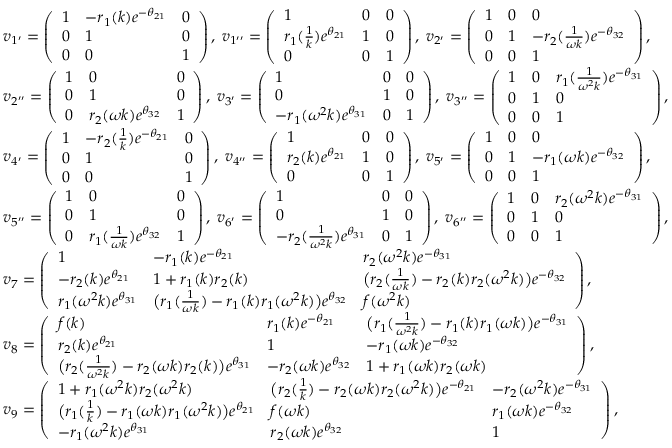
\begin{array} { r l } & { v _ { 1 ^ { \prime } } = \left( \begin{array} { l l l } { 1 } & { - r _ { 1 } ( k ) e ^ { - \theta _ { 2 1 } } } & { 0 } \\ { 0 } & { 1 } & { 0 } \\ { 0 } & { 0 } & { 1 } \end{array} \right) , \; v _ { 1 ^ { \prime \prime } } = \left( \begin{array} { l l l } { 1 } & { 0 } & { 0 } \\ { r _ { 1 } ( \frac { 1 } { k } ) e ^ { \theta _ { 2 1 } } } & { 1 } & { 0 } \\ { 0 } & { 0 } & { 1 } \end{array} \right) , \; v _ { 2 ^ { \prime } } = \left( \begin{array} { l l l } { 1 } & { 0 } & { 0 } \\ { 0 } & { 1 } & { - r _ { 2 } ( \frac { 1 } { \omega k } ) e ^ { - \theta _ { 3 2 } } } \\ { 0 } & { 0 } & { 1 } \end{array} \right) , } \\ & { v _ { 2 ^ { \prime \prime } } = \left( \begin{array} { l l l } { 1 } & { 0 } & { 0 } \\ { 0 } & { 1 } & { 0 } \\ { 0 } & { r _ { 2 } ( \omega k ) e ^ { \theta _ { 3 2 } } } & { 1 } \end{array} \right) , \; v _ { 3 ^ { \prime } } = \left( \begin{array} { l l l } { 1 } & { 0 } & { 0 } \\ { 0 } & { 1 } & { 0 } \\ { - r _ { 1 } ( \omega ^ { 2 } k ) e ^ { \theta _ { 3 1 } } } & { 0 } & { 1 } \end{array} \right) , \; v _ { 3 ^ { \prime \prime } } = \left( \begin{array} { l l l } { 1 } & { 0 } & { r _ { 1 } ( \frac { 1 } { \omega ^ { 2 } k } ) e ^ { - \theta _ { 3 1 } } } \\ { 0 } & { 1 } & { 0 } \\ { 0 } & { 0 } & { 1 } \end{array} \right) , } \\ & { v _ { 4 ^ { \prime } } = \left( \begin{array} { l l l } { 1 } & { - r _ { 2 } ( \frac { 1 } { k } ) e ^ { - \theta _ { 2 1 } } } & { 0 } \\ { 0 } & { 1 } & { 0 } \\ { 0 } & { 0 } & { 1 } \end{array} \right) , \; v _ { 4 ^ { \prime \prime } } = \left( \begin{array} { l l l } { 1 } & { 0 } & { 0 } \\ { r _ { 2 } ( k ) e ^ { \theta _ { 2 1 } } } & { 1 } & { 0 } \\ { 0 } & { 0 } & { 1 } \end{array} \right) , \; v _ { 5 ^ { \prime } } = \left( \begin{array} { l l l } { 1 } & { 0 } & { 0 } \\ { 0 } & { 1 } & { - r _ { 1 } ( \omega k ) e ^ { - \theta _ { 3 2 } } } \\ { 0 } & { 0 } & { 1 } \end{array} \right) , } \\ & { v _ { 5 ^ { \prime \prime } } = \left( \begin{array} { l l l } { 1 } & { 0 } & { 0 } \\ { 0 } & { 1 } & { 0 } \\ { 0 } & { r _ { 1 } ( \frac { 1 } { \omega k } ) e ^ { \theta _ { 3 2 } } } & { 1 } \end{array} \right) , \; v _ { 6 ^ { \prime } } = \left( \begin{array} { l l l } { 1 } & { 0 } & { 0 } \\ { 0 } & { 1 } & { 0 } \\ { - r _ { 2 } ( \frac { 1 } { \omega ^ { 2 } k } ) e ^ { \theta _ { 3 1 } } } & { 0 } & { 1 } \end{array} \right) , \; v _ { 6 ^ { \prime \prime } } = \left( \begin{array} { l l l } { 1 } & { 0 } & { r _ { 2 } ( \omega ^ { 2 } k ) e ^ { - \theta _ { 3 1 } } } \\ { 0 } & { 1 } & { 0 } \\ { 0 } & { 0 } & { 1 } \end{array} \right) , } \\ & { v _ { 7 } = \left( \begin{array} { l l l } { 1 } & { - r _ { 1 } ( k ) e ^ { - \theta _ { 2 1 } } } & { r _ { 2 } ( \omega ^ { 2 } k ) e ^ { - \theta _ { 3 1 } } } \\ { - r _ { 2 } ( k ) e ^ { \theta _ { 2 1 } } } & { 1 + r _ { 1 } ( k ) r _ { 2 } ( k ) } & { \big ( r _ { 2 } ( \frac { 1 } { \omega k } ) - r _ { 2 } ( k ) r _ { 2 } ( \omega ^ { 2 } k ) \big ) e ^ { - \theta _ { 3 2 } } } \\ { r _ { 1 } ( \omega ^ { 2 } k ) e ^ { \theta _ { 3 1 } } } & { \big ( r _ { 1 } ( \frac { 1 } { \omega k } ) - r _ { 1 } ( k ) r _ { 1 } ( \omega ^ { 2 } k ) \big ) e ^ { \theta _ { 3 2 } } } & { f ( \omega ^ { 2 } k ) } \end{array} \right) , } \\ & { v _ { 8 } = \left( \begin{array} { l l l } { f ( k ) } & { r _ { 1 } ( k ) e ^ { - \theta _ { 2 1 } } } & { \big ( r _ { 1 } ( \frac { 1 } { \omega ^ { 2 } k } ) - r _ { 1 } ( k ) r _ { 1 } ( \omega k ) \big ) e ^ { - \theta _ { 3 1 } } } \\ { r _ { 2 } ( k ) e ^ { \theta _ { 2 1 } } } & { 1 } & { - r _ { 1 } ( \omega k ) e ^ { - \theta _ { 3 2 } } } \\ { \big ( r _ { 2 } ( \frac { 1 } { \omega ^ { 2 } k } ) - r _ { 2 } ( \omega k ) r _ { 2 } ( k ) \big ) e ^ { \theta _ { 3 1 } } } & { - r _ { 2 } ( \omega k ) e ^ { \theta _ { 3 2 } } } & { 1 + r _ { 1 } ( \omega k ) r _ { 2 } ( \omega k ) } \end{array} \right) , } \\ & { v _ { 9 } = \left( \begin{array} { l l l } { 1 + r _ { 1 } ( \omega ^ { 2 } k ) r _ { 2 } ( \omega ^ { 2 } k ) } & { \big ( r _ { 2 } ( \frac { 1 } { k } ) - r _ { 2 } ( \omega k ) r _ { 2 } ( \omega ^ { 2 } k ) \big ) e ^ { - \theta _ { 2 1 } } } & { - r _ { 2 } ( \omega ^ { 2 } k ) e ^ { - \theta _ { 3 1 } } } \\ { \big ( r _ { 1 } ( \frac { 1 } { k } ) - r _ { 1 } ( \omega k ) r _ { 1 } ( \omega ^ { 2 } k ) \big ) e ^ { \theta _ { 2 1 } } } & { f ( \omega k ) } & { r _ { 1 } ( \omega k ) e ^ { - \theta _ { 3 2 } } } \\ { - r _ { 1 } ( \omega ^ { 2 } k ) e ^ { \theta _ { 3 1 } } } & { r _ { 2 } ( \omega k ) e ^ { \theta _ { 3 2 } } } & { 1 } \end{array} \right) , } \end{array}